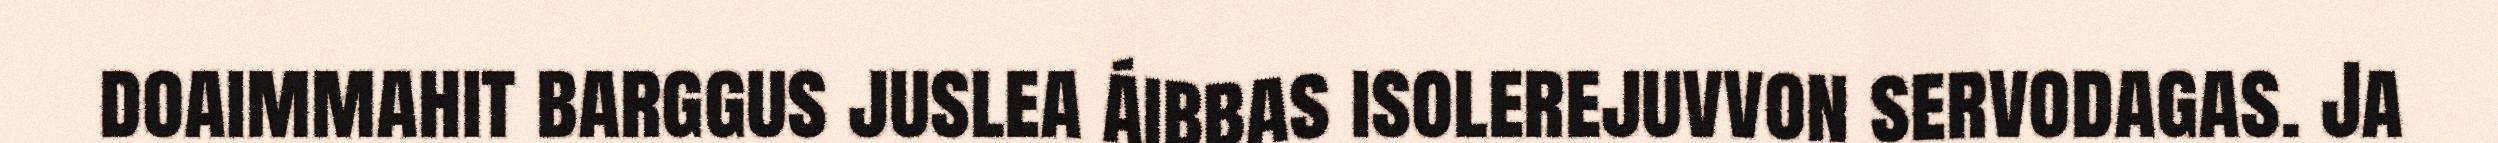
doaimmahit barggus juslea áibbas isolerejuvvon servodagas. Ja